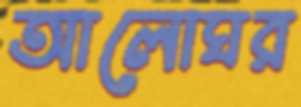
আলোঘর